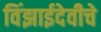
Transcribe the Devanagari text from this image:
विंझाईदेवीचे